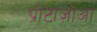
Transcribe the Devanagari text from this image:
प्रोटाज़ोआ